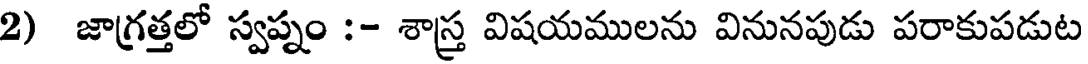
2) జాగ్రత్తలో స్వప్నం :- శాస్త్ర విషయములను వినునపుడు పరాకుపడుట